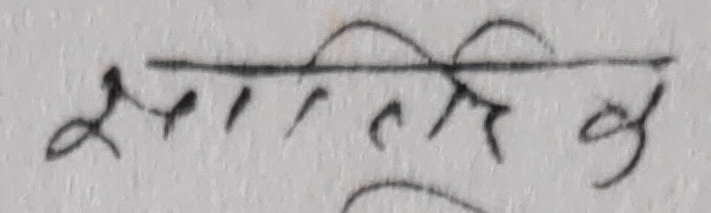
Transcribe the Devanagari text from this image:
झामिल